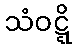
သံဝဋ္ဋိ